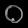
Digit: ၀